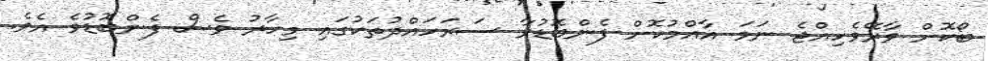
ބޯކޮށް ވާރޭވެހިއްޖެ ނަމަ އާއްމުކޮށް ފެންބޮޑުވާ ސަރަަހައްދުތަކުގައި މިހާރު ވެސް ފެންބޮޑުވެ އެވެ.